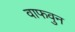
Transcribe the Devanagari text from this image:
वाफवुन